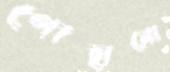
পোহানো